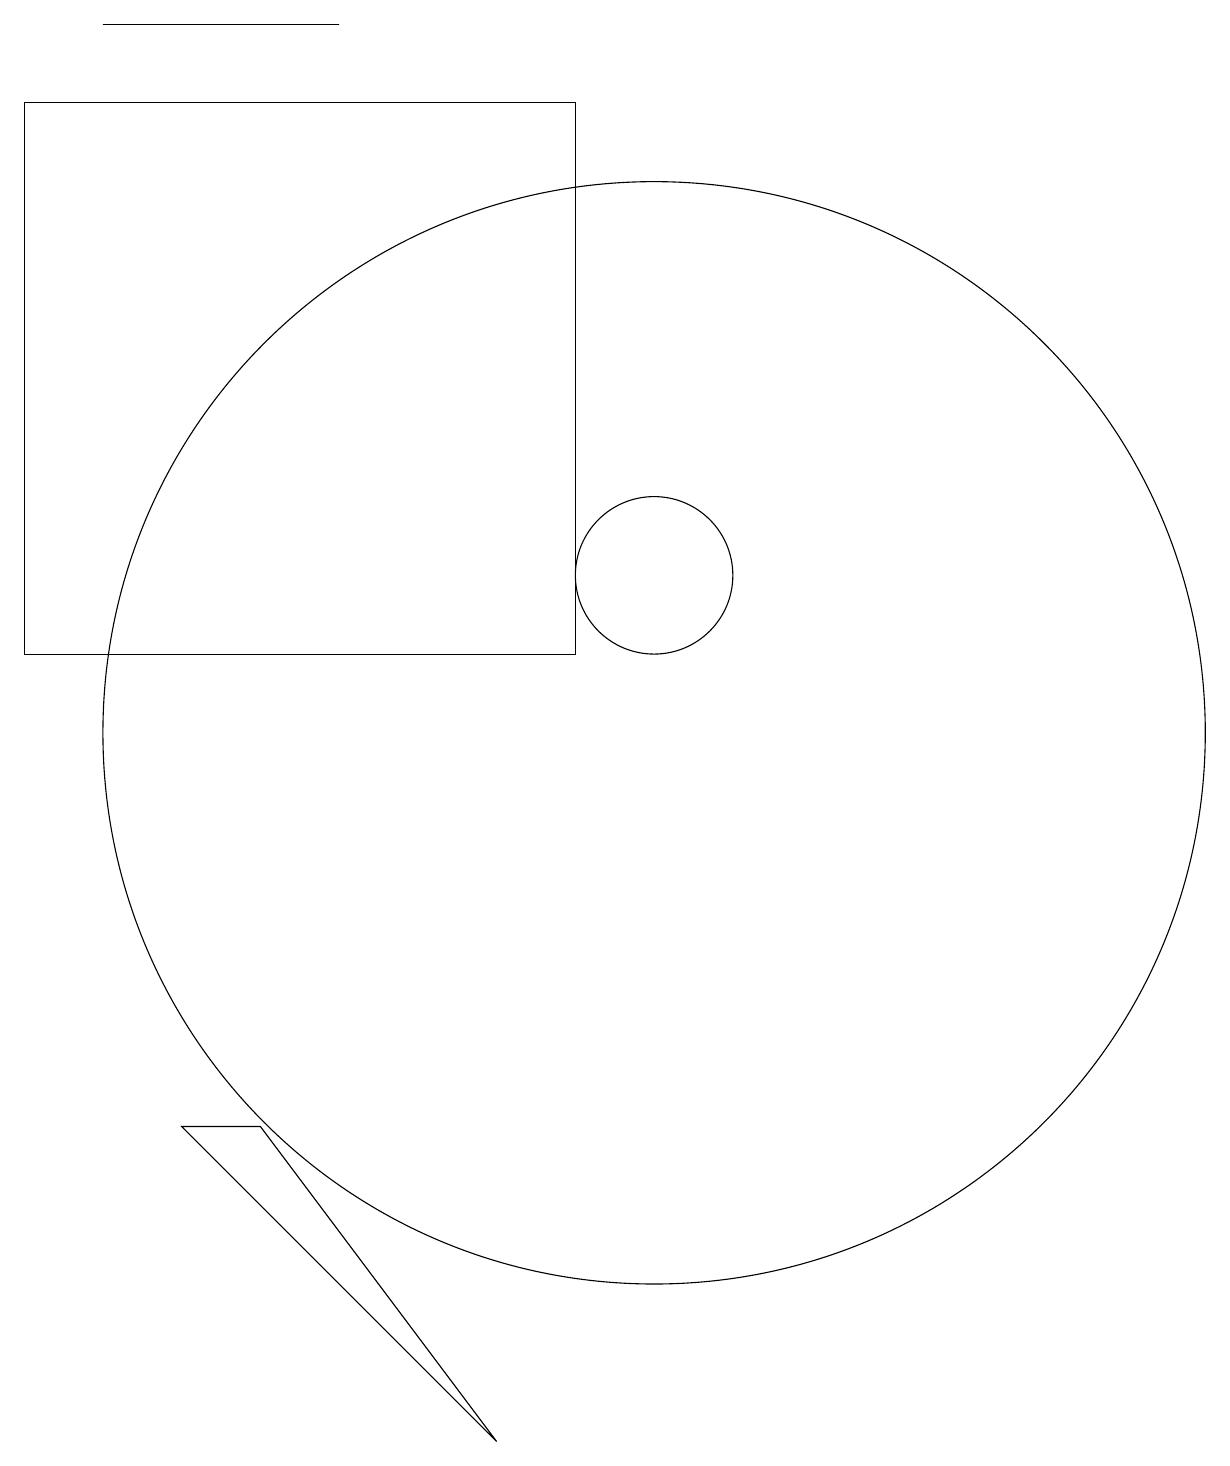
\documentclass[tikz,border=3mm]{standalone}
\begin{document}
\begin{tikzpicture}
\draw (5,5) -- (4,5) -- (8,1) -- cycle;
\draw (6,19) rectangle (3,19);
\draw (2,18) rectangle (9,11);
\draw (10,12) circle (1);
\draw (10,10) circle (7);
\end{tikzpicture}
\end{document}